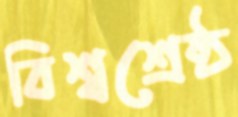
বিশ্বশ্রেষ্ঠ